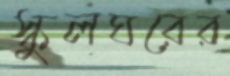
স্কুলঘরের